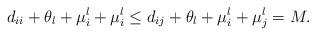
LaTeX: \begin{align*}d_{ii} + \theta_l + \mu_i^l + \mu_i^l\le d_{ij} + \theta_l + \mu_i^l + \mu_j^l = M.\end{align*}